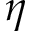
\eta